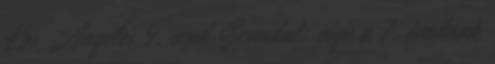
Los Angeles 9. évad Scandal: vége a 7. évadnak